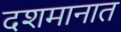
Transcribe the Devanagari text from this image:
दशमानात